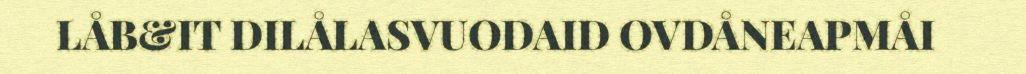
LÅB&IT DILÅLASVUODAID OVDÅNEAPMÅI